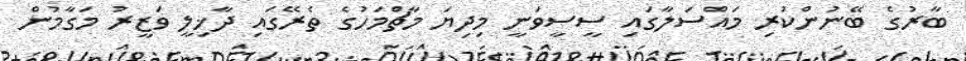
ބާރުގެ ބޭނުންކުރި މައްސަލާގައި ސީސީވަނީ މިދިޔަ މާޗްމަހުގެ ތެރޭގައި ދާޚިލީ ވަޒީރު މަގާމުން